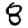
Digit: 8